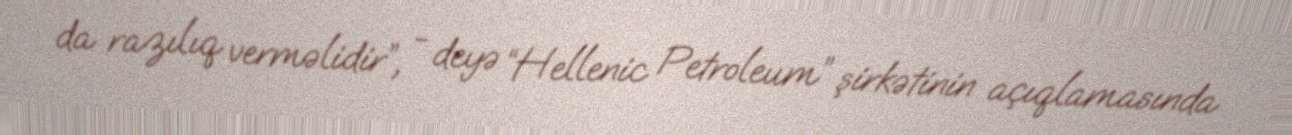
da razılıq verməlidir”, - deyə “Hellenic Petroleum” şirkətinin açıqlamasında